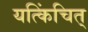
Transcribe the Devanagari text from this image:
यत्किंचित्‌